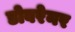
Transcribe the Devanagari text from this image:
डोबरेनर